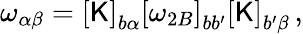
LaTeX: \begin{array}{r}{\omega_{\alpha\beta}=\left[\mathsf{K}\right]_{b\alpha}\left[\omega_{2B}\right]_{bb^{\prime}}\left[\mathsf{K}\right]_{b^{\prime}\beta}\, ,}\end{array}